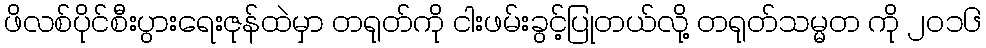
ဖိလစ်ပိုင်စီးပွားရေးဇုန်ထဲမှာ တရုတ်ကို ငါးဖမ်းခွင့်ပြုတယ်လို့ တရုတ်သမ္မတ ကို ၂၀၁၆